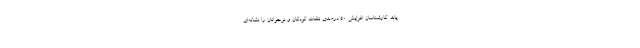
یابد. کارشناسان افزایش ۵۰ درصدی تلفات کودکان و نوجوانان را نشانه‌ای